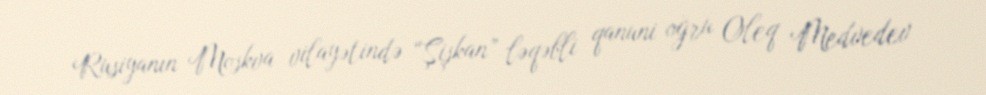
Rusiyanın Moskva vilayətində “Şişkan” ləqəbli qanuni oğru Oleq Medvedev